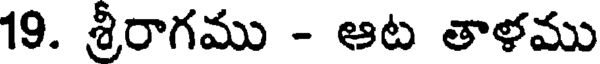
19. శ్రీరాగము - ఆట తాళము